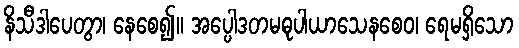
နိသီဒါပေတွာ၊ နေစေ၍။ အပ္ပေါဒတမဓုပါယာသေနစေဝ၊ ရေမရှိသော